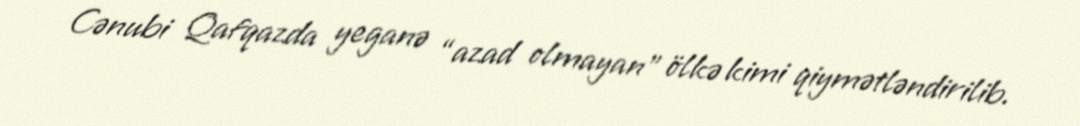
Cənubi Qafqazda yeganə “azad olmayan” ölkə kimi qiymətləndirilib.